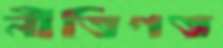
নীতিগত